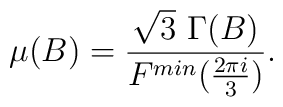
\mu(B) = \frac{\sqrt{3}\,\, \Gamma(B) }{F^{min}(\frac{2 \pi i}{3})} .